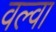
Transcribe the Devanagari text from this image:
वल्वा